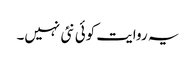
یہ روایت کوئی نئی نہیں۔